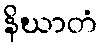
နိဃာတံ